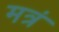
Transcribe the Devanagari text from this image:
मत्रं